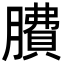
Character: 𦠻